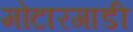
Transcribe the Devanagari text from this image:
मोटारगाडी